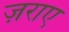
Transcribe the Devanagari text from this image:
ज़राए